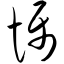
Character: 慑